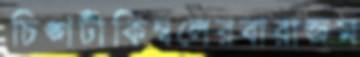
চিঙ্গটীকিম্বলেরবারাজম